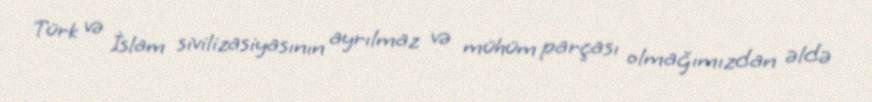
Türk və İslam sivilizasiyasının ayrılmaz və mühüm parçası olmağımızdan əldə